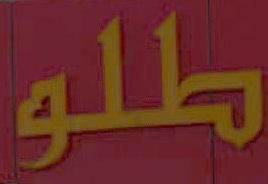
طلو